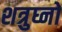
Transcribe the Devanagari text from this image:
शत्रुघ्नो